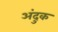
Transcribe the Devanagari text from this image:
अंदुक